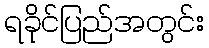
ရခိုင်ပြည်အတွင်း